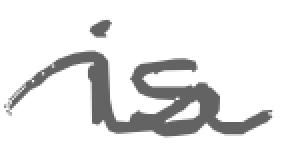
Text: is
Cross-out: wave
Writing tool: digital_gray